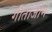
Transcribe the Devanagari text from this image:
गीताजीमें